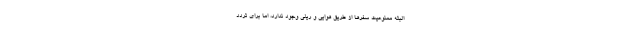
البته ممنوعیت سفرها از طریق هوایی و ریلی وجود ندارد، اما برای تردد